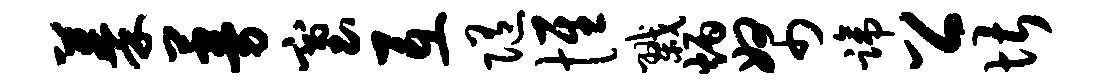
蓁蔓塞互随惟戮炳帑蹄公堪